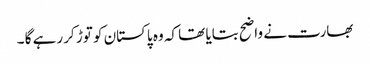
بھارت نے واضح بتایا تھا کہ وہ پاکستان کو توڑ کر رہے گا ۔